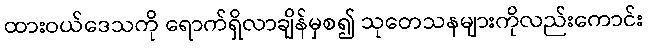
ထားဝယ်ဒေသကို ရောက်ရှိလာချိန်မှစ၍ သုတေသနများကိုလည်းကောင်း